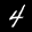
Label: 4